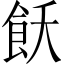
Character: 飫